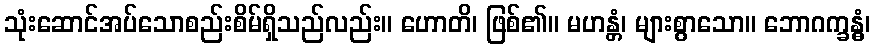
သုံးဆောင်အပ်သောစည်းစိမ်ရှိသည်လည်း။ ဟောတိ၊ ဖြစ်၏။ မဟန္တံ၊ များစွာသော။ ဘောဂက္ခန္ဓံ၊